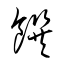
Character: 饌